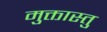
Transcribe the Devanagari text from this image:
मुक्तास्तु